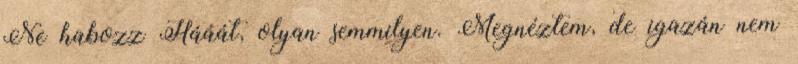
Ne habozz Hááát, olyan semmilyen. Megnéztem, de igazán nem